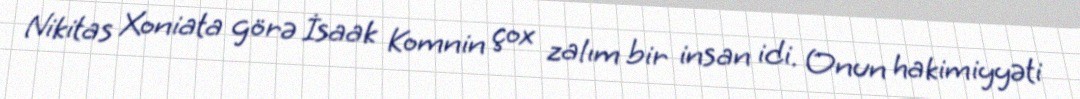
Nikitas Xoniata görə İsaak Komnin çox zalım bir insan idi. Onun hakimiyyəti